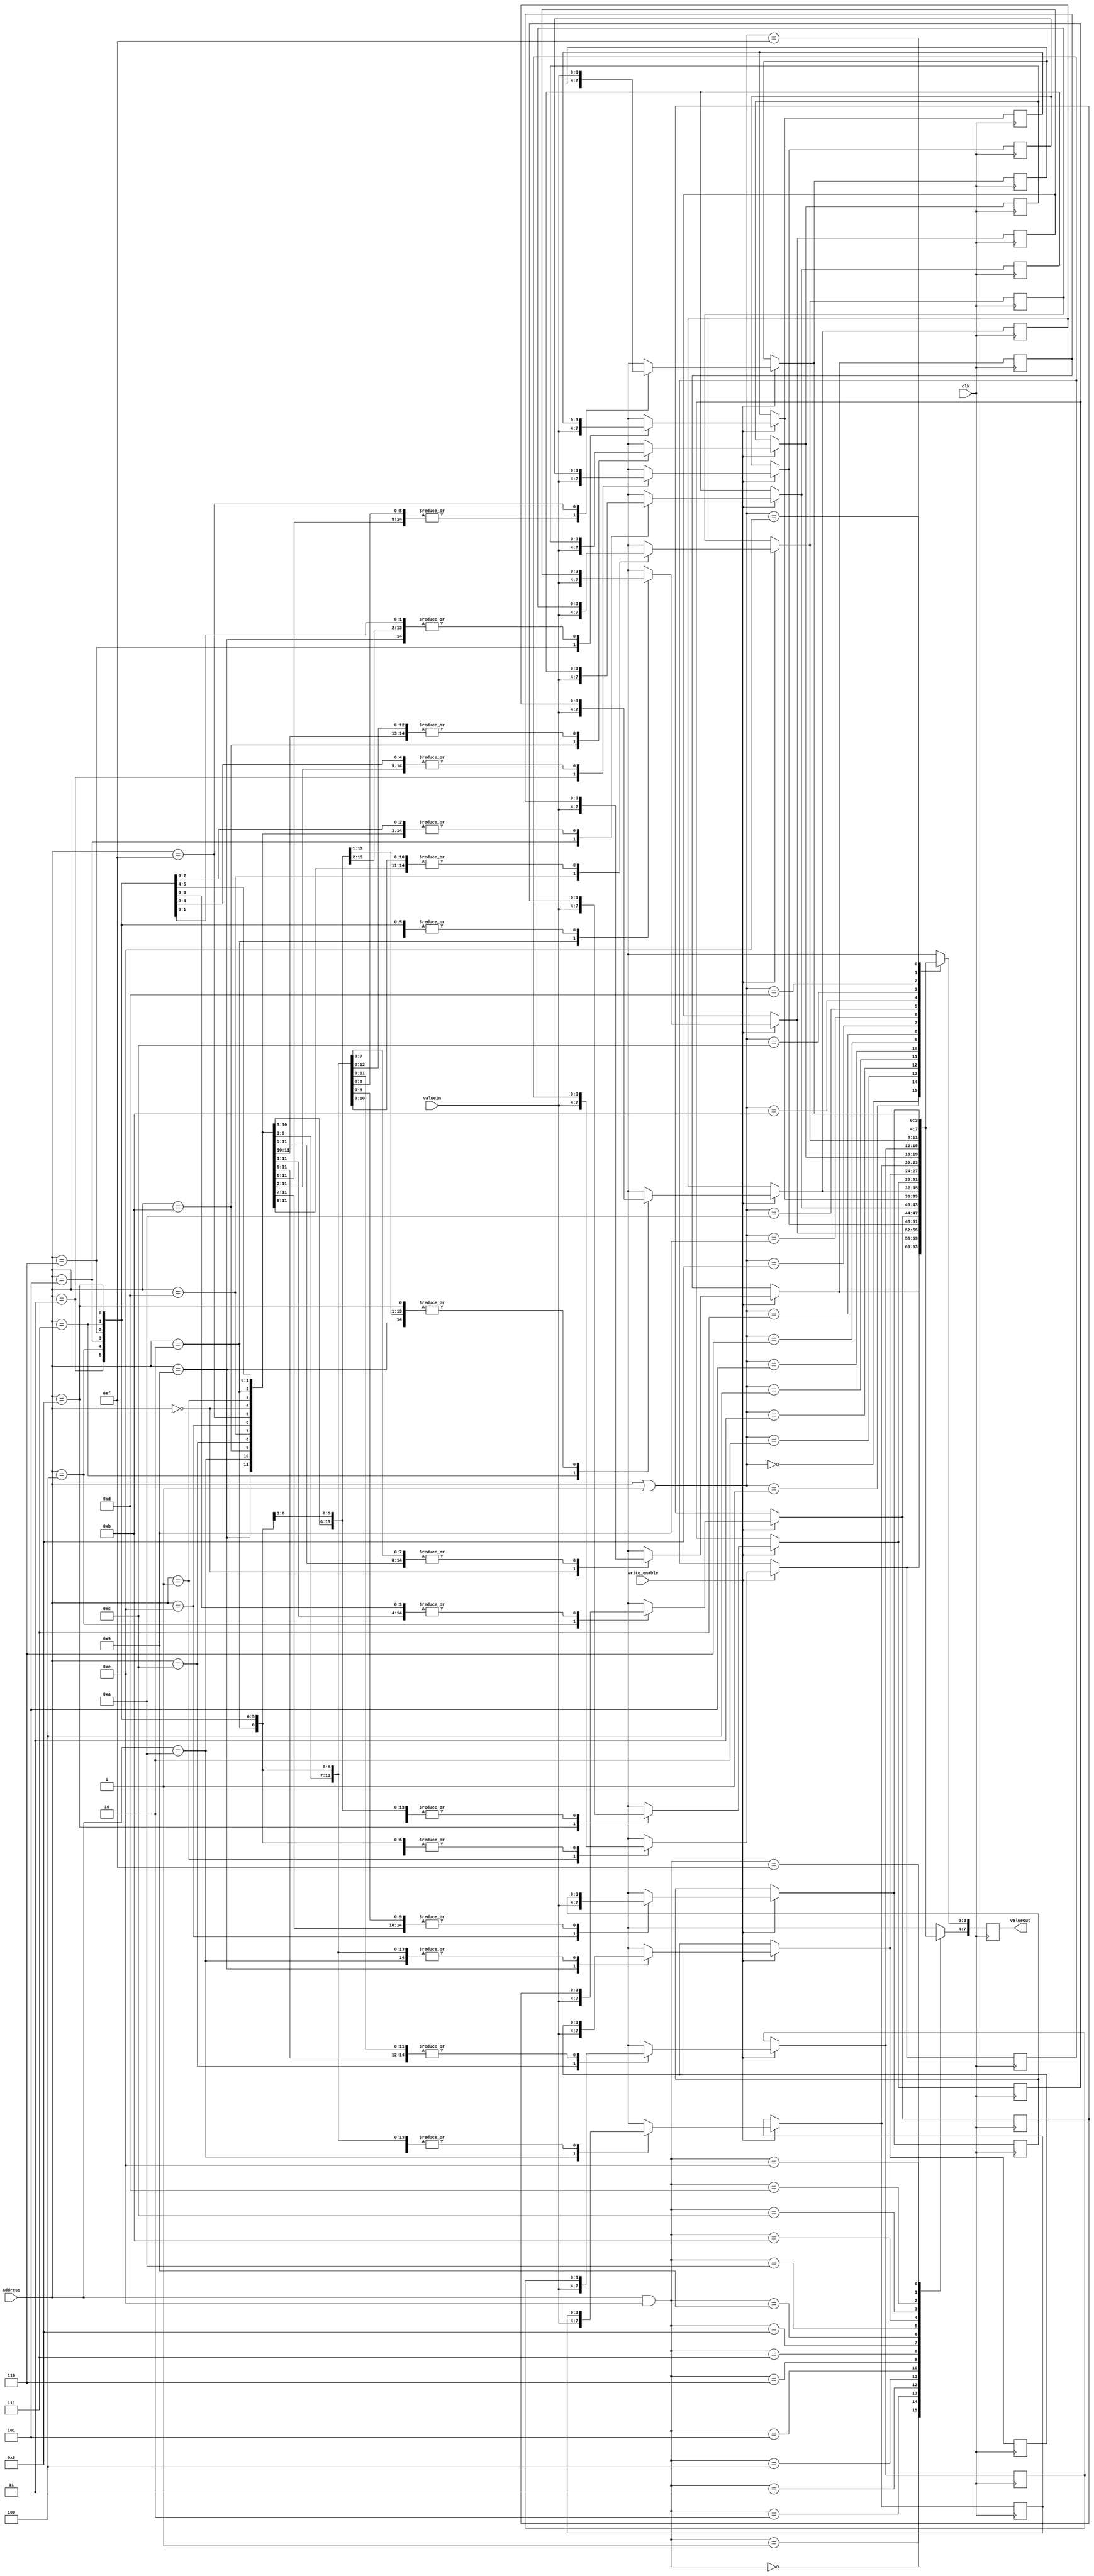
module E15Mem(input clk, 
              input wire write_enable,
              input wire [3:0] address,
              input wire [3:0] valueIn,
              output reg [7:0] valueOut 
                  );
   reg [3:0] memory [15:0];
   
   always @(posedge clk)
   begin

      if (write_enable) 
        memory[address] = valueIn;
      valueOut <= #40 {memory[address & ~4'b0001], memory[address | 4'b0001]};
   end

endmodule